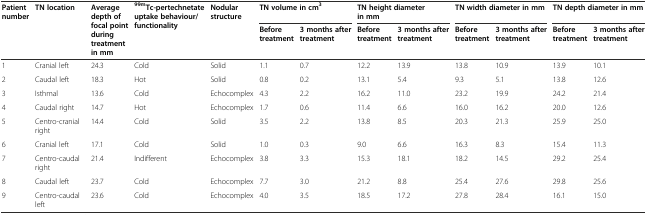
| <ROWSPAN=2> Patient number | <ROWSPAN=2> TN location | <ROWSPAN=2> Average depth of focal point during treatment in mm | <ROWSPAN=2> 99mTc-pertechnetate uptake behaviour/functionality | <ROWSPAN=2> Nodular structure | <COLSPAN=2> TN volume in cm3 | <COLSPAN=2> TN height diameter in mm | <COLSPAN=2> TN width diameter in mm | <COLSPAN=2> TN depth diameter in mm |
 | Before treatment | 3 months after treatment | Before treatment | 3 months after treatment | Before treatment | 3 months after treatment | Before treatment | 3 months after treatment |
 | --- | --- | --- | --- | --- | --- | --- | --- | --- | --- | --- | --- | --- |
 | 1 | Cranial left | 24.3 | Cold | Solid | 1.1 | 0.7 | 12.2 | 13.9 | 13.8 | 10.9 | 13.9 | 10.1 |
 | 2 | Caudal left | 18.3 | Hot | Solid | 0.8 | 0.2 | 13.1 | 5.4 | 9.3 | 5.1 | 13.8 | 12.6 |
 | 3 | Isthmal | 13.6 | Cold | Echocomplex | 4.3 | 2.2 | 16.2 | 11.0 | 23.2 | 19.9 | 24.2 | 21.4 |
 | 4 | Caudal right | 14.7 | Hot | Echocomplex | 1.7 | 0.6 | 11.4 | 6.6 | 16.0 | 16.2 | 20.0 | 12.6 |
 | 5 | Centro-cranial right | 14.4 | Cold | Solid | 3.5 | 2.2 | 13.8 | 8.5 | 20.3 | 21.3 | 25.9 | 25.0 |
 | 6 | Cranial left | 17.1 | Cold | Solid | 1.0 | 0.3 | 9.0 | 6.6 | 16.3 | 8.3 | 15.4 | 11.3 |
 | 7 | Centro-caudal right | 21.4 | Indifferent | Echocomplex | 3.8 | 3.3 | 15.3 | 18.1 | 18.2 | 14.5 | 29.2 | 25.4 |
 | 8 | Caudal left | 23.7 | Cold | Echocomplex | 7.7 | 3.0 | 21.2 | 8.8 | 25.4 | 27.6 | 29.8 | 25.6 |
 | 9 | Centro-caudal left | 23.6 | Cold | Echocomplex | 4.0 | 3.5 | 18.5 | 17.2 | 27.8 | 28.4 | 16.1 | 15.0 |